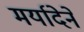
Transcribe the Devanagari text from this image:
मर्यादेने